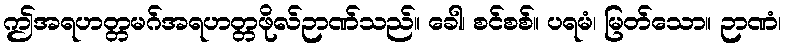
ဤအရဟတ္တမဂ်အရဟတ္တဖိုလ်ဉာဏ်သည်။ ခေါ၊ စင်စစ်။ ပရမံ၊ မြတ်သော။ ဉာဏံ၊